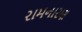
રામનારણ